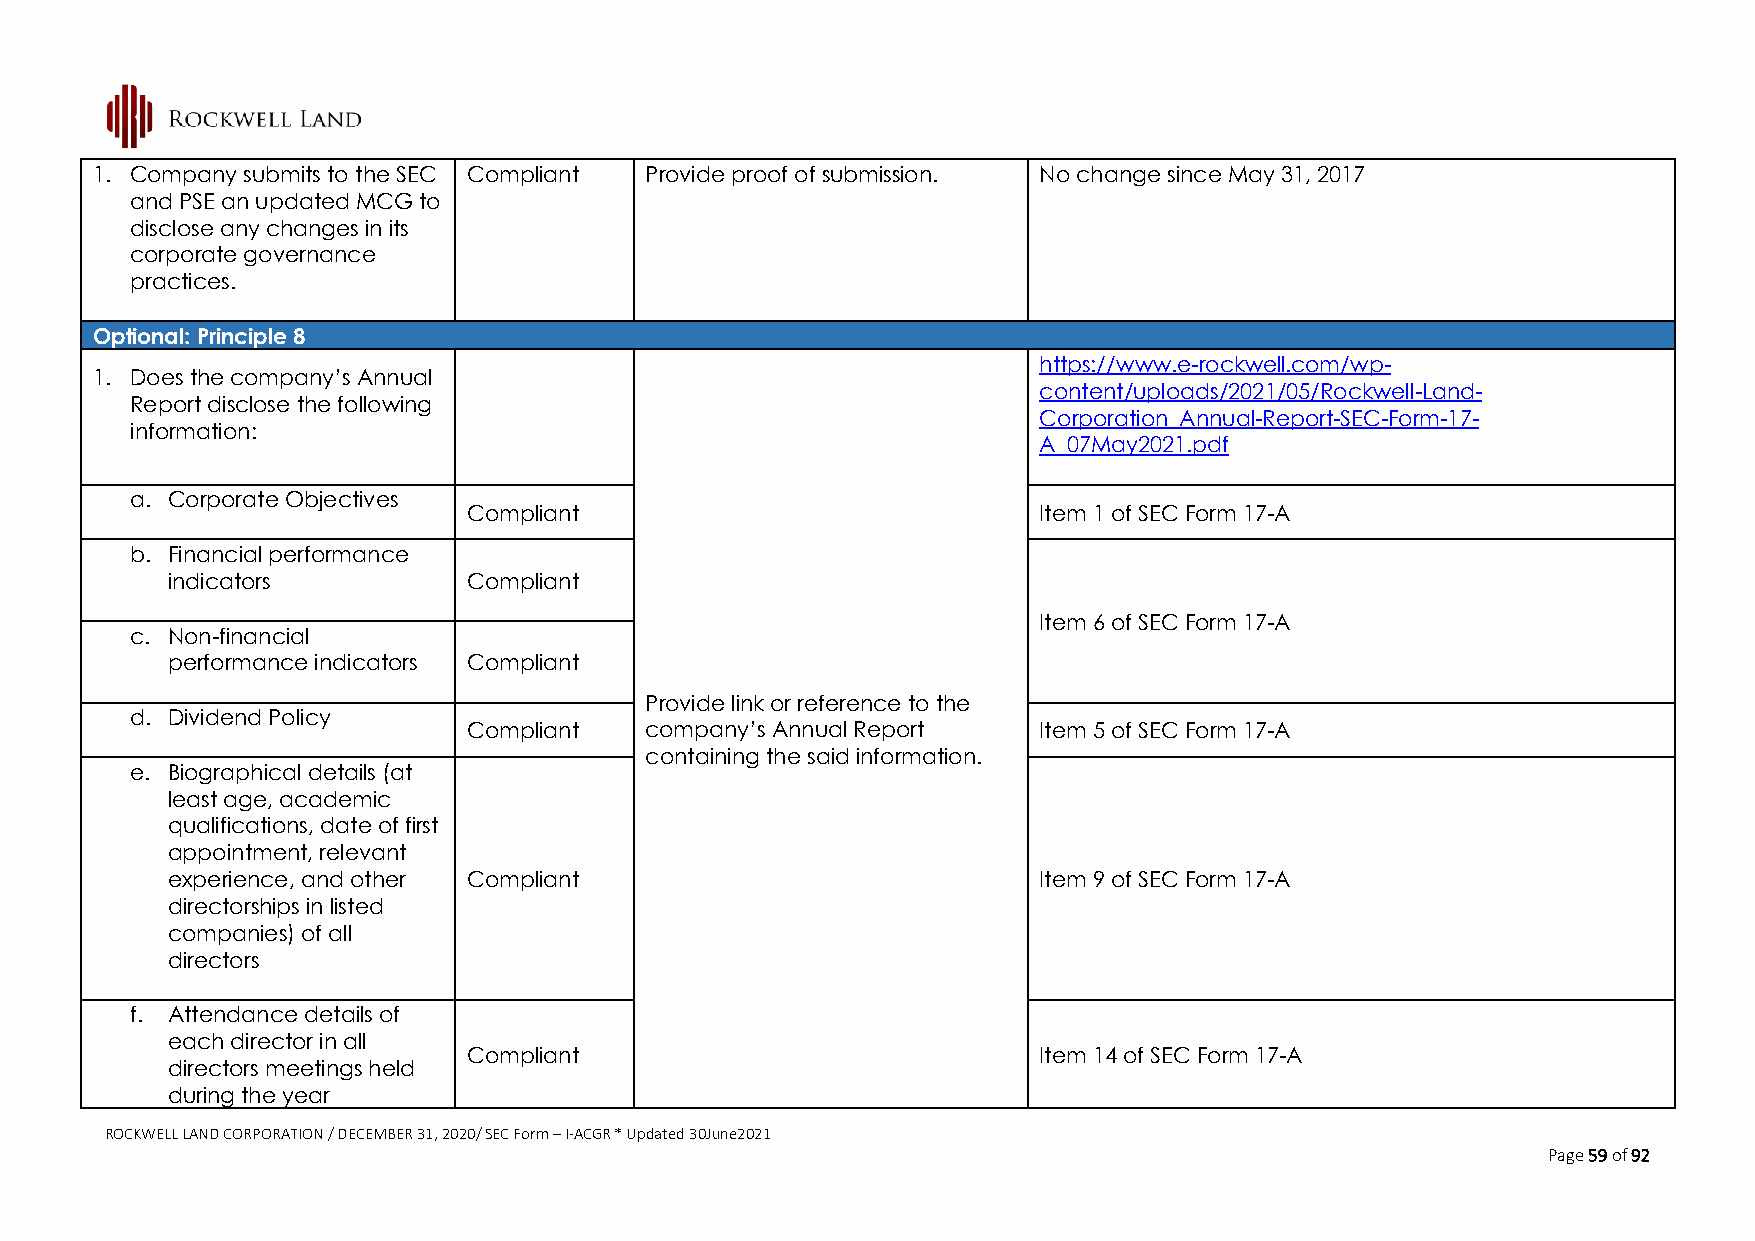
1. Company submits to the SEC Compliant Provide proof of submission. No change since May 31, 2017
 and PSE an updated MCG to
 disclose any changes in its
 corporate governance
 practices.
 Optional: Principle 8
 https://www.e-rockwell.com/wp-
 1. Does the company’s Annual
 content/uploads/2021/05/Rockwell-Land-
 Report disclose the following
 Corporation_Annual-Report-SEC-Form-17-
 information:
 A_07May2021.pdf
 a. Corporate Objectives
 Compliant                             Item 1 of SEC Form 17-A
 b. Financial performance
 indicators          Compliant
 Item 6 of SEC Form 17-A
 c. Non-financial
 performance indicators Compliant
 Provide link or reference to the
 d. Dividend Policy
 Compliant   company’s Annual Report   Item 5 of SEC Form 17-A
 containing the said information.
 e. Biographical details (at
 least age, academic
 qualifications, date of first
 appointment, relevant
 experience, and other Compliant                           Item 9 of SEC Form 17-A
 directorships in listed
 companies) of all
 directors
 f. Attendance details of
 each director in all
 Compliant                             Item 14 of SEC Form 17-A
 directors meetings held
 during the year
 ROCKWELL LAND CORPORATION / DECEMBER 31, 2020/ SEC Form – I-ACGR * Updated 30June2021
 Page 59 of 92